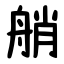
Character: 艄